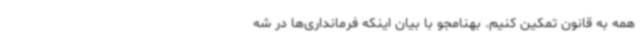
همه به قانون تمکین کنیم. بهنامجو با بیان اینکه فرمانداری‌ها در شه